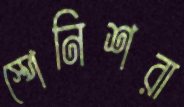
স্পেনিশরা